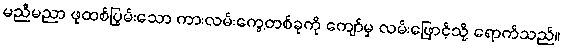
မညီမညာ ဖုထစ်ပြွမ်းသော ကားလမ်းကွေ့တစ်ခုကို ကျော်မှ လမ်းဖြောင့်သို့ ရောက်သည်။